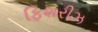
ફિશરીઝ